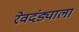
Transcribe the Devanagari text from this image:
रेवदंड्याला